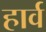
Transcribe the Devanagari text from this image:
हार्व